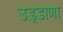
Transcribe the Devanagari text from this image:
उड़्डाणा